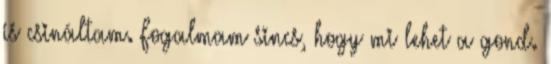
is csináltam. Fogalmam sincs, hogy mi lehet a gond.